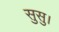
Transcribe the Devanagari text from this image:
सुसु।